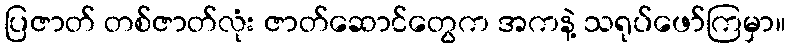
ပြဇာတ် တစ်ဇာတ်လုံး ဇာတ်ဆောင်တွေက အကနဲ့ သရုပ်ဖော်ကြမှာ။